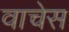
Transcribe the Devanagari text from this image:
वाचेस